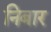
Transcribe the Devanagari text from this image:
निबार